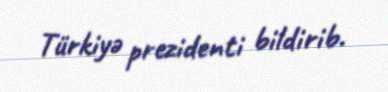
Türkiyə prezidenti bildirib.